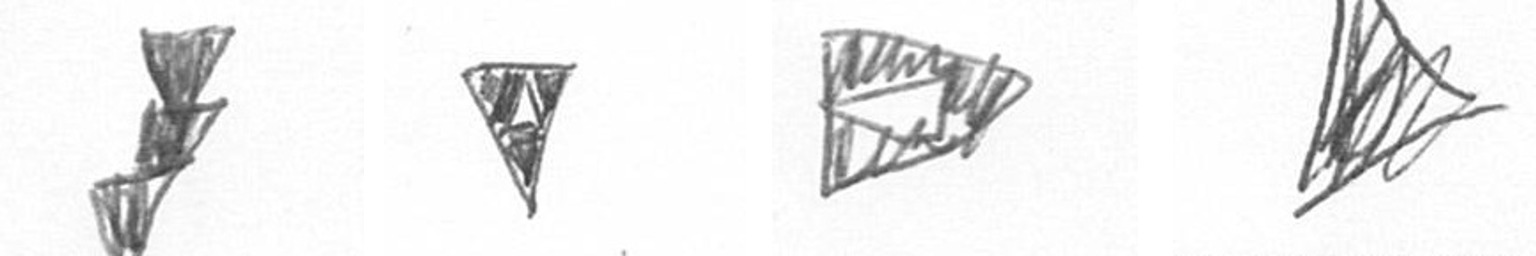
E S K O